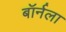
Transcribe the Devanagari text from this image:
बॉर्नला